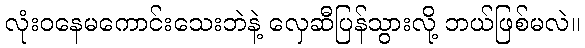
လုံးဝနေမကောင်းသေးဘဲနဲ့ လှေဆီပြန်သွားလို့ ဘယ်ဖြစ်မလဲ။